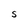
Character: S